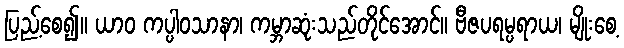
ပြည့်စေ၍။ ယာဝ ကပ္ပါဝသာနာ၊ ကမ္ဘာဆုံးသည်တိုင်အောင်။ ဗီဇပရမ္ပရာယ၊ မျိုးစေ့